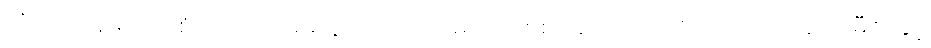
သို့သော် ရိုးရာထုံးစံအတိုင်း ဝမ်းဆွဲလက်သည်များကို စစ်ဆေးကြည့်လိုက်သောအခါ ရာမီဇာနှင့်